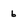
Character: 6